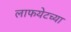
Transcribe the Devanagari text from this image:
लाफयेटच्या